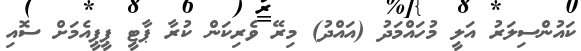
ކައުންސިލަރު އަލީ މުހައްމަދު (އައްދު) މިރޭ ވެރިކަން ކުރާ ޕާޓީ ޕީޕީއެމަށް ސޮއި